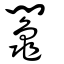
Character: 鬮